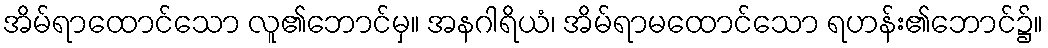
အိမ်ရာထောင်သော လူ၏ဘောင်မှ။ အနဂါရိယံ၊ အိမ်ရာမထောင်သော ရဟန်း၏ဘောင်၌။